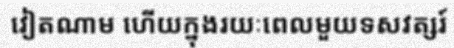
វៀតណាម ហើយក្នុងរយៈពេលមួយទសវត្សរ៍